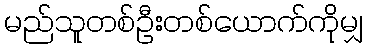
မည်သူတစ်ဦးတစ်ယောက်ကိုမျှ